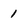
Character: 1